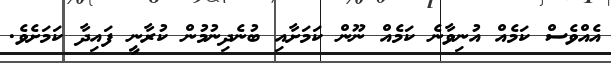
އެއްވެސް ކަމެއް އުނިވާނެ ކަމެއް ނޫން ކަމަށާއި ބުނެދިނުމުން ކުރާނީ ފައިދާ ކަމަށެވެ.